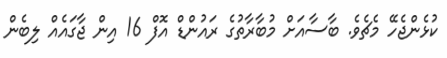
ކުޅެންޖެހޭ މެޗެވެ. ބާސާއަށް މުބާރާތުގެ ރައުންޑް އޮފް 16 އިން ޖާގައެއް ލިބެން